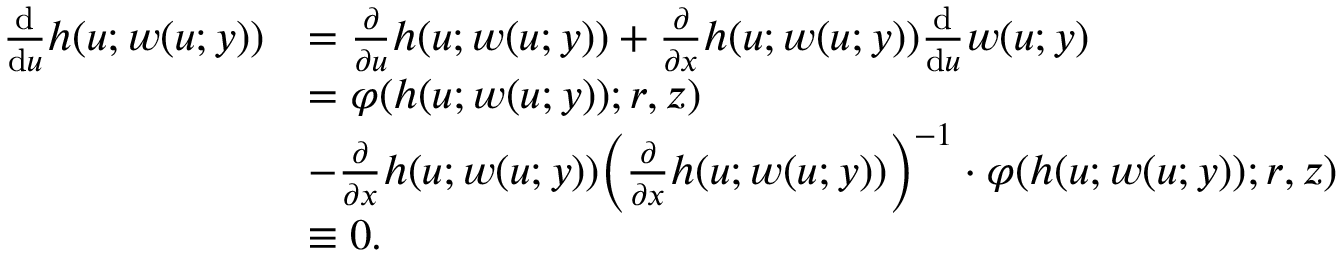
\begin{array} { r l } { \frac { \mathrm { d } } { \mathrm { d } u } h ( u ; w ( u ; y ) ) } & { = \frac { \partial } { \partial u } h ( u ; w ( u ; y ) ) + \frac { \partial } { \partial x } h ( u ; w ( u ; y ) ) \frac { \mathrm { d } } { \mathrm { d } u } w ( u ; y ) } \\ & { = \varphi ( h ( u ; w ( u ; y ) ) ; r , z ) } \\ & { - \frac { \partial } { \partial x } h ( u ; w ( u ; y ) ) \Big ( \frac { \partial } { \partial x } h ( u ; w ( u ; y ) ) \Big ) ^ { - 1 } \cdot \varphi ( h ( u ; w ( u ; y ) ) ; r , z ) } \\ & { \equiv 0 . } \end{array}